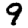
Digit: 9